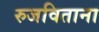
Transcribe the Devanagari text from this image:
रुजविताना